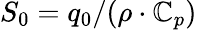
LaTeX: S_{0}=q_{0}/(\rho\cdot\mathbb{C}_{p})